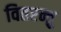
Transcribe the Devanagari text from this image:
वितरन्तु